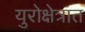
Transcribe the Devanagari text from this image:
युरोक्षेत्रात